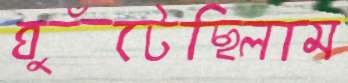
ঘুঁটেছিলাম